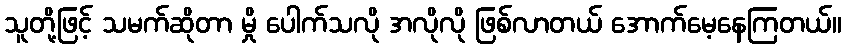
သူတို့ဖြင့် သမက်ဆိုတာ မှို ပေါက်သလို အလိုလို ဖြစ်လာတယ် အောက်မေ့နေကြတယ်။